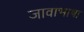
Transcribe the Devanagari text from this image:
जावाभाषा